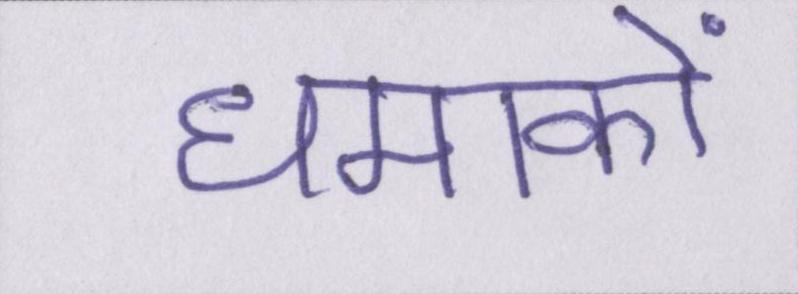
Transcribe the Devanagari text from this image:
धमाकों